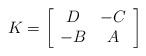
LaTeX: \begin{align*}K=\left [ \begin{array}{cc} D & -C\\ -B & A \end{array} \right ]\end{align*}